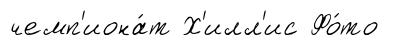
чемп'иона́т Х'илл'ис Фо́то